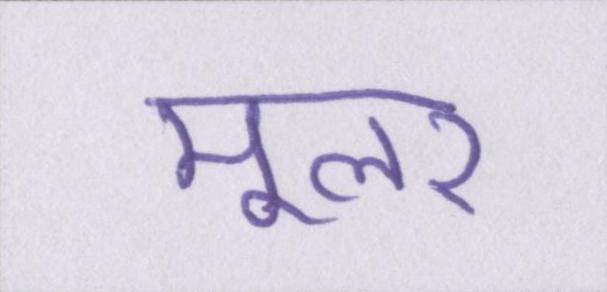
मूलर